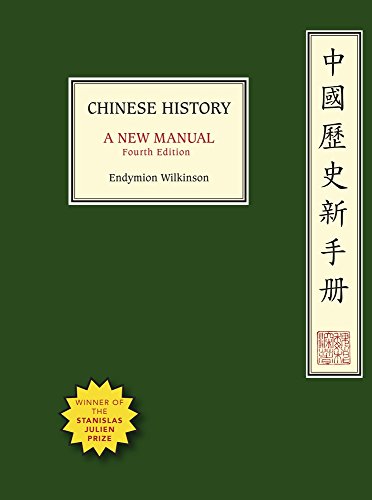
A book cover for Chinese History: A New Manual, Fourth Edition (Harvard-Yenching Institute Monograph Series); Endymion Wilkinson; History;